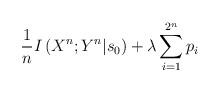
LaTeX: \begin{align*}\frac{1}{n}I\left(X^n;Y^n|s_0\right) + \lambda \sum_{i=1}^{2^n} p_i\end{align*}